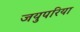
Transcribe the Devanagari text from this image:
जयुपरिया